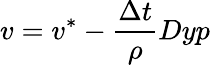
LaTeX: v=v^{*}-\frac{\Delta t}{\rho}Dyp